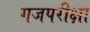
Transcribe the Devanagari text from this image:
गजपरीक्षा